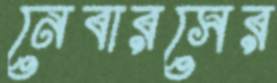
নেবারসের